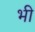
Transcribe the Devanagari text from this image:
भी